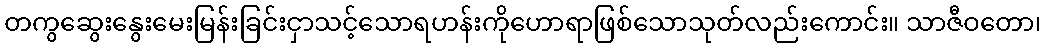
တကွဆွေးနွေးမေးမြန်းခြင်းငှာသင့်သောရဟန်းကိုဟောရာဖြစ်သောသုတ်လည်းကောင်း။ သာဇီဝတော၊